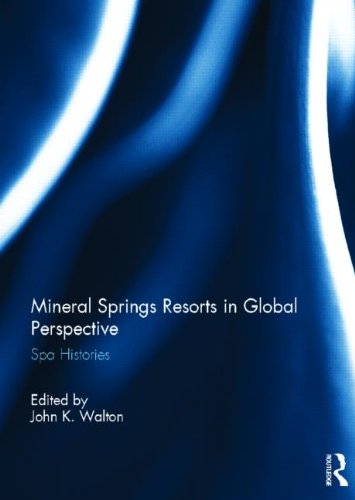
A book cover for Mineral Springs Resorts in Global Perspective: Spa Histories; Sports & Outdoors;